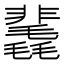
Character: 䩁